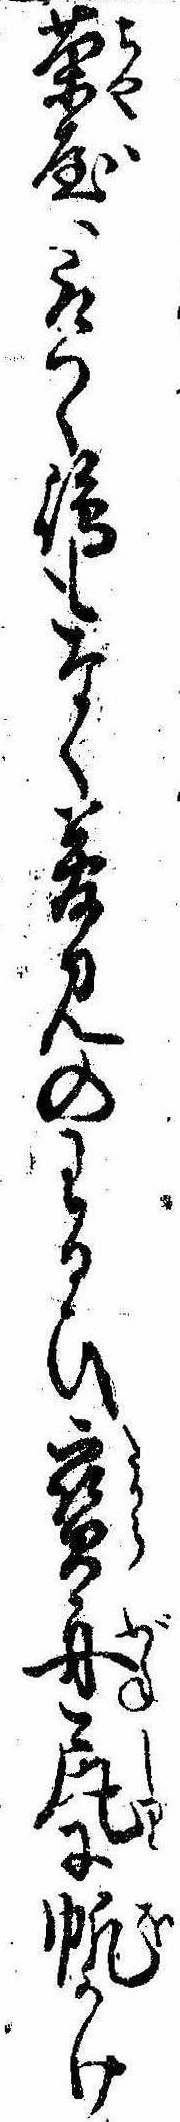
茶屋取つく島もなく夢見のわるひ宝舟尻に帆かけ